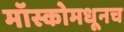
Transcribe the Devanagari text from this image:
मॉस्कोमधूनच